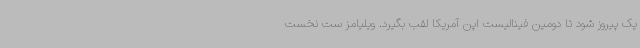
یک پیروز شود تا دومین فینالیست اپن آمریکا لقب بگیرد. ویلیامز ست نخست